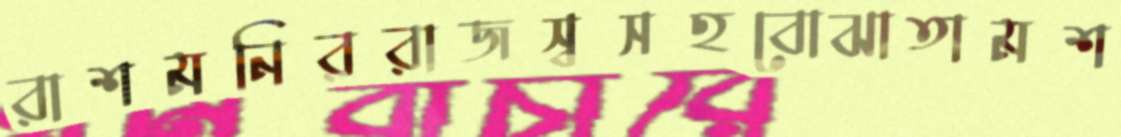
রাশমনিররাজস্বসহবোঝাতামশ